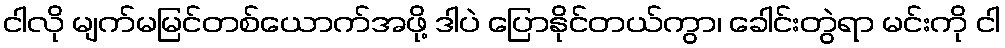
ငါလို မျက်မမြင်တစ်ယောက်အဖို့ ဒါပဲ ပြောနိုင်တယ်ကွာ၊ ခေါင်းတွဲရာ မင်းကို ငါ